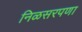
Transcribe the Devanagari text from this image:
निळसरपणा